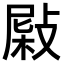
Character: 𢾂